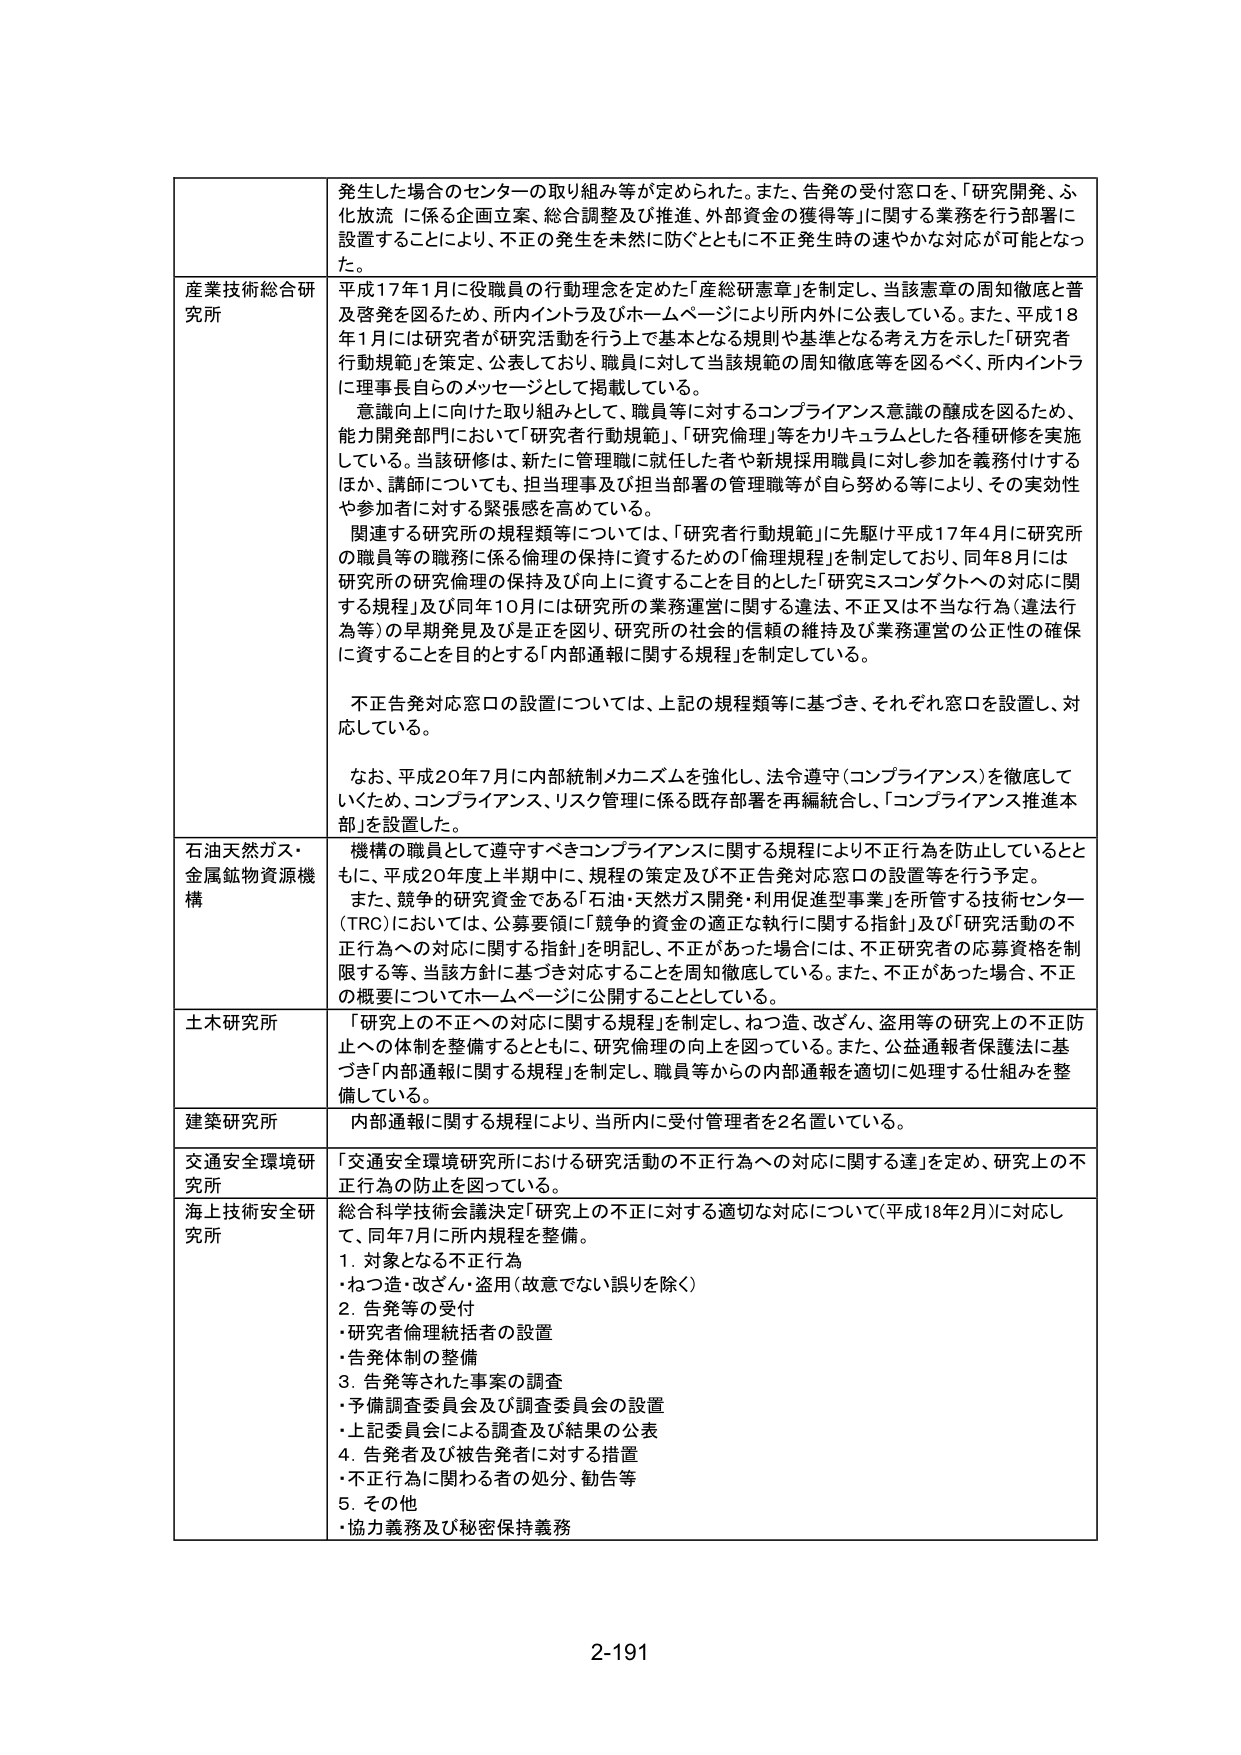
発生した場合のセンターの取り組み等が定められた。また、告発の受付窓口を、「研究開発、ふ化放流 に係る企画立案、総合調整及び推進、外部資金の獲得等」に関する業務を行う部署に設置することにより、不正の発生を未然に防ぐとともに不正発生時の速やかな対応が可能となった。

産業技術総合研究所
平成17年1月に役職員の行動理念を定めた「産総研憲章」を制定し、当該憲章の周知徹底と普及啓発を図るため、所内イントラ及びホームページにより所内外に公表している。また、平成18年1月には研究者が研究活動を行う上で基本となる規則や基準となる考え方を示した「研究者行動規範」を策定、公表しており、職員に対して当該規範の周知徹底を図るべく、所内イントラに理事長自らのメッセージとして掲載している。
意識向上に向けた取り組みとして、職員等に対するコンプライアンス意識の醸成を図るため、能力開発部門において「研究者行動規範」、「研究倫理」等をカリキュラムとした各種研修を実施している。当該研修は、新たに管理職に就任した者や新規採用職員に対し参加を義務付けするほか、講師についても、担当理事及び担当部署の管理職等が自ら努める等により、その実効性や参加者に対する緊張感を高めている。
関連する研究所の規程類等については、「研究者行動規範」に先駆け平成17年4月に研究所の職員等の職務に係る倫理の保持に資するための「倫理規程」を制定しており、同年8月には研究所の研究倫理の保持及び向上に資することを目的とした「研究ミスコンダクトへの対応に関する規程」及び同年10月には研究所の業務運営に関する違法、不正又は不当な行為（違法行為等）の早期発見及び是正を図り、研究所の社会的信頼の維持及び業務運営の公正性の確保に資することを目的とする「内部通報に関する規程」を制定している。
不正告発対応窓口の設置については、上記の規程類等に基づき、それぞれ窓口を設置し、対応している。
なお、平成20年7月に内部統制メカニズムを強化し、法令遵守（コンプライアンス）を徹底していくため、コンプライアンス、リスク管理に係る既存部署を再編統合し、「コンプライアンス推進本部」を設置した。

石油天然ガス・金属鉱物資源機構
機構の職員として遵守すべきコンプライアンスに関する規程により不正行為を防止しているとともに、平成20年度上半期中に、規程の策定及び不正告発対応窓口の設置等を行う予定。
また、競争的研究資金である「石油・天然ガス開発・利用促進型事業」を所管する技術センター（TRC）においては、公募要領に「競争的資金の適正な執行に関する指針」及び「研究活動の不正行為への対応に関する指針」を明記し、不正があった場合には、不正研究者の応募資格を制限する等、当該方針に基づき対応することを周知徹底している。また、不正があった場合、不正の概要についてホームページに公開することとしている。

土木研究所
「研究上の不正への対応に関する規程」を制定し、ねつ造、改ざん、盗用等の研究上の不正防止への体制を整備するとともに、研究倫理の向上を図っている。また、公益通報者保護法に基づき「内部通報に関する規程」を制定し、職員等からの内部通報を適切に処理する仕組みを整備している。

建築研究所
内部通報に関する規程により、当所内に受付管理者を2名置いている。

交通安全環境研究所
「交通安全環境研究所における研究活動の不正行為への対応に関する達」を定め、研究上の不正行為の防止を図っている。

海上技術安全研究所
総合科学技術会議決定「研究上の不正に対する適切な対応について（平成18年2月）」に対応して、同年7月に所内規程を整備。
1. 対象となる不正行為
・ねつ造・改ざん・盗用（故意でない誤りを除く）
2. 告発等の受付
・研究者倫理統括者の設置
・告発体制の整備
3. 告発等された事案の調査
・予備調査委員会及び調査委員会の設置
・上記委員会による調査及び結果の公表
4. 告発者及び被告発者に対する措置
・不正行為に関わる者の処分、勧告等
5. その他
・協力義務及び秘密保持義務

2-191